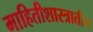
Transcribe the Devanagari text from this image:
माहितीशास्त्रातील